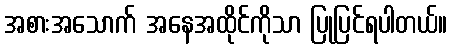
အစားအသောက် အနေအထိုင်ကိုသာ ပြုပြင်ရပါတယ်။